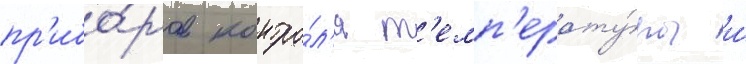
пр'ибо́ров контро́л'я т'емп'ерату́ры и́